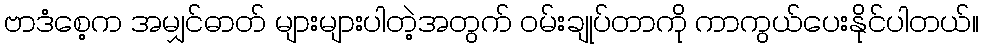
ဗာဒံစေ့က အမျှင်ဓာတ် များများပါတဲ့အတွက် ၀မ်းချုပ်တာကို ကာကွယ်ပေးနိုင်ပါတယ်။